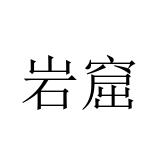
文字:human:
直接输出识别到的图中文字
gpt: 岩窟